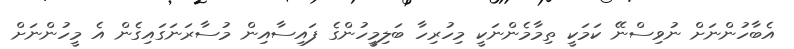
އެބާހުންނަށް ނުވިސްނޭ ކަމަކީ ތިމާމެންނަކީ މިހުރިހާ ބަލިމީހުންގެ ފައިސާއިން މުސާރަނަގައިގެން އެ މީހުންނަށް